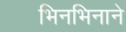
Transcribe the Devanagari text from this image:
भिनभिनाने